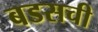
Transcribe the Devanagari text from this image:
बडसची